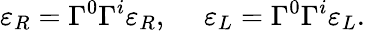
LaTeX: \varepsilon_{R}=\Gamma^{0}\Gamma^{i}\varepsilon_{R},\ \ \ \ \ \varepsilon_{L}=\Gamma^{0}\Gamma^{i}\varepsilon_{L}.